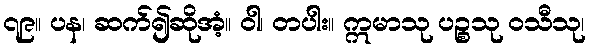
၇၉။ ပန၊ ဆက်၍ဆိုအံ့။ ဝါ၊ တပါး။ ဣမာသု ပဉ္စသု ဝသီသု၊